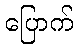
ပြောက်